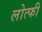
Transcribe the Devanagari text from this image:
लोत्फी